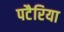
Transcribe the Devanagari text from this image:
पटैरिया